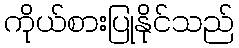
ကိုယ်စားပြုနိုင်သည်